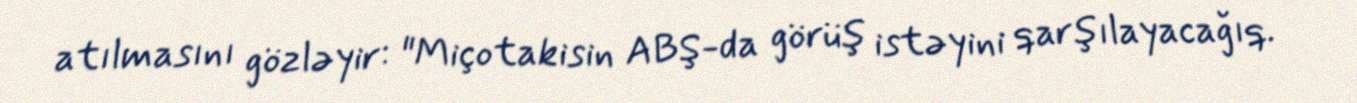
atılmasını gözləyir: "Miçotakisin ABŞ-da görüş istəyini qarşılayacağıq.